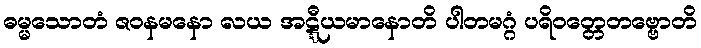
ဓမ္မသောတံ ဇဝနမနော လယ အဋ္ဋီယမာနောတိ ပါတမဂ္ဂံ ပရိဝတ္တေတဗ္ဗောတိ